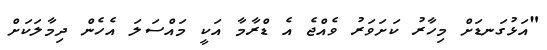
"އަޅުގަނޑަށް މިހާރު ކަށަވަރު ވެއްޖެ އެ ޑްރާމާ އަކީ މައްސަލަ އެހެން ދިމާލަކަށް